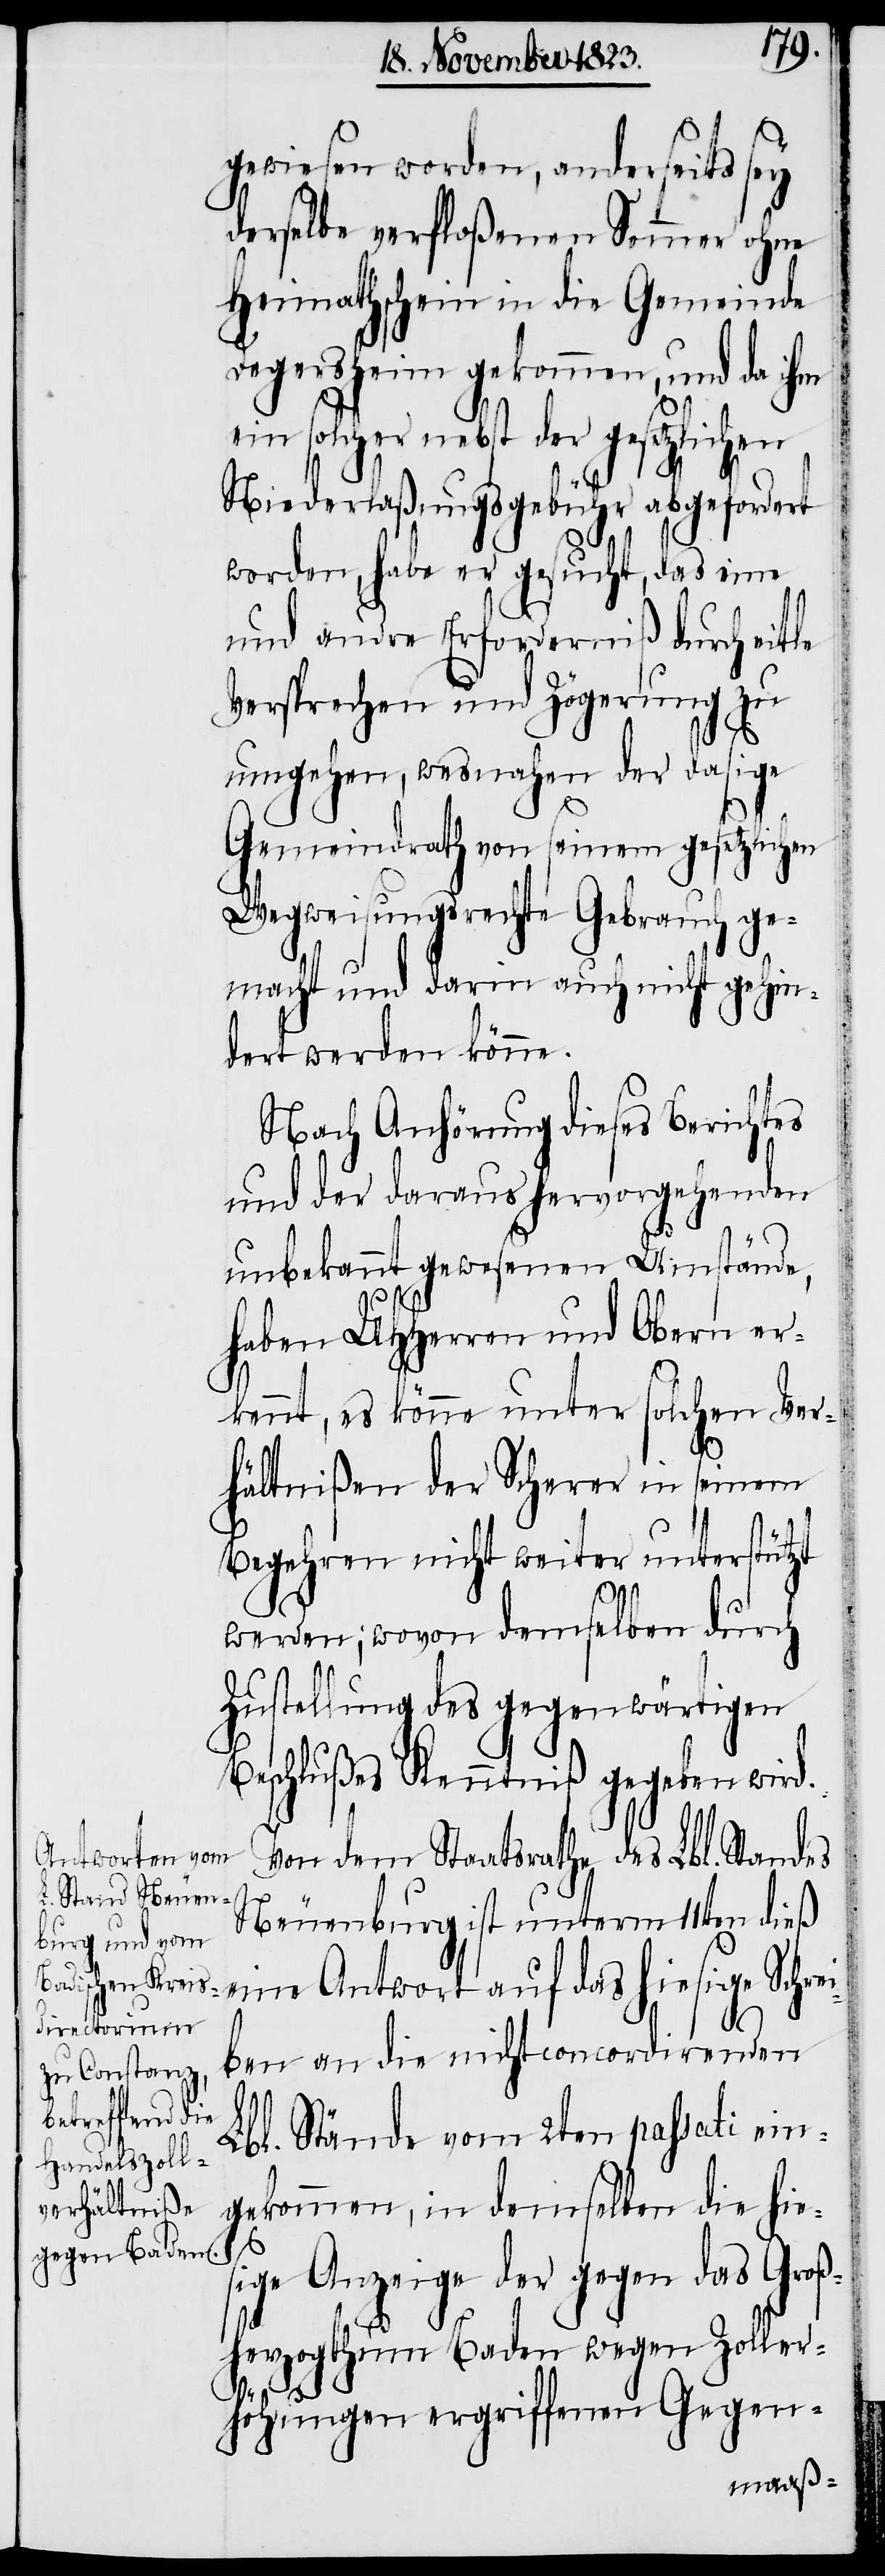
gewiesen worden, anderseits
derselbe verfloßenen Sommer ohne
Heimathschein in die Gemeinde
Degersheim gekommen, und da ihm
ein solcher nebst der gesetzlichen
Niederlaßungsgebühr abgefordert
worden, habe er gesucht, das eine
und andre Erforderniß durch eitle
Versprechen und Zögerung zu
umgehen, wesnahen der dasige
Gemeindrath von seinem gesetzlichen
Wegweisungsrechte Gebrauch ge¬
macht und darin auch nicht gehin¬
dert werden könne.
Nach Anhörung dieses Berichts
und der daraus hervorgehenden
unbekannt gewesenen Umstände,
haben UHHerren und Obern er¬
kannt, es könne unter solchen Ver¬
hältnißen der Scherer in seinem
Begehren nicht weiter unterstützt
werden; wovon demselben durch
Zustellung des gegenwärtigen
Beschlußes Kenntniß gegeben wird.
Von dem Staatsrathe des Lbl. Standes
Neuenburg ist unterm 11ten dieß
eine Antwort auf das hiesige Schre¬
iben an die nicht concordirenden
Lbl. Stände vom 2ten passati ein¬
gekommen, in demselben die hie¬
sige Anzeige der gegen das Groß¬
herzogthum Baden wegen Zoller¬
höhungen ergriffenen Gegen-